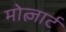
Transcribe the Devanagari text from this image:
मोत्ज़ार्ट